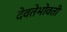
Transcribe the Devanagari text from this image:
देवतेभोवती